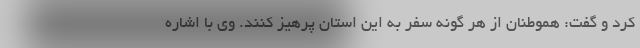
کرد و گفت: هموطنان از هر گونه سفر به این استان پرهیز کنند. وی با اشاره